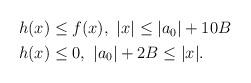
LaTeX: \begin{align*}\begin{aligned} h(x)&\leq f(x),\ |x|\leq |a_0|+10B\\ h(x)&\leq 0,\ |a_0|+2B\leq |x|.\end{aligned}\end{align*}